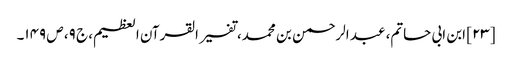
[۲۳] ابن ابی حاتم، عبد الرحمن بن محمد، تفسیر القرآن العظیم، ج ۹، ص ۱۴۹۔